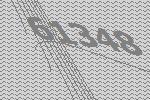
61348